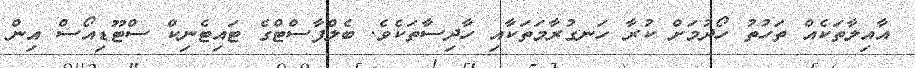
އާއިލާތަކެއް ތަހުތު ހޯދުމަށް ކުރާ ހަނގުރާމަތަކާއި ހާދިސާތަކެވެ. ބެލްފާސްޓްގެ ޓައިޓެނިކް ސްޓޫޑިއޯސް އިން